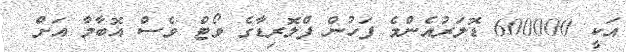
އަކީ 600000 ޑޮލަރުއެންމެ ފަހުން ފްލޮރިޑާގެ ވޯޓް ވެސް އޮބާމާ އަށް